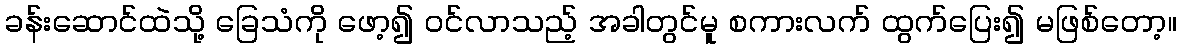
ခန်းဆောင်ထဲသို့ ခြေသံကို ဖော့၍ ဝင်လာသည့် အခါတွင်မူ စကားလက် ထွက်ပြေး၍ မဖြစ်တော့။